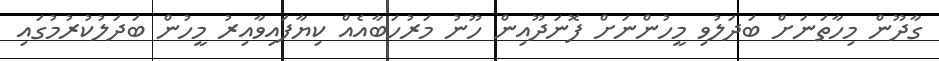
ގާދޫން މިހާތަނަށް ބަދަލުވި މީހުންނަށް ފޮނަދޫއިން ހޫނު މަރުހަބާއެއް ކިޔާފައިވާއިރު މީހުން ބަދަލުކުރުމުގައި